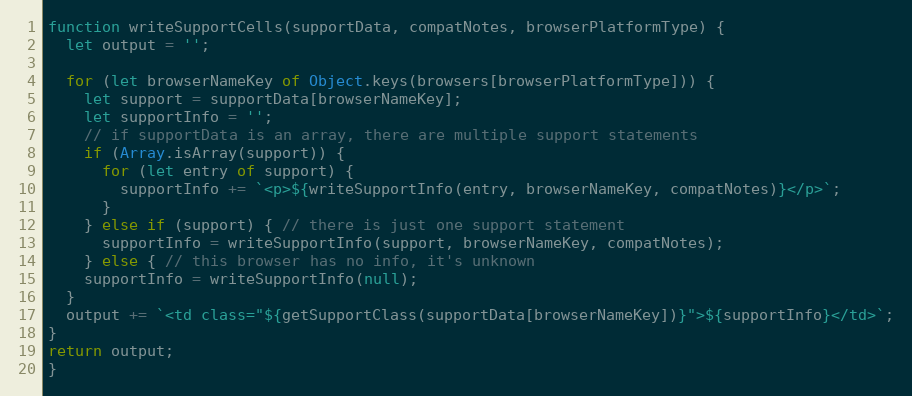
Language: JavaScript
function writeSupportCells(supportData, compatNotes, browserPlatformType) {
  let output = '';

  for (let browserNameKey of Object.keys(browsers[browserPlatformType])) {
    let support = supportData[browserNameKey];
    let supportInfo = '';
    // if supportData is an array, there are multiple support statements
    if (Array.isArray(support)) {
      for (let entry of support) {
        supportInfo += `<p>${writeSupportInfo(entry, browserNameKey, compatNotes)}</p>`;
      }
    } else if (support) { // there is just one support statement
      supportInfo = writeSupportInfo(support, browserNameKey, compatNotes);
    } else { // this browser has no info, it's unknown
    supportInfo = writeSupportInfo(null);
  }
  output += `<td class="${getSupportClass(supportData[browserNameKey])}">${supportInfo}</td>`;
}
return output;
}